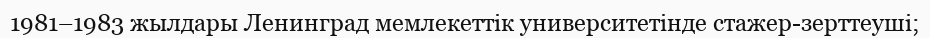
1981–1983 жылдары Ленинград мемлекеттік университетінде стажер-зерттеуші;